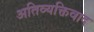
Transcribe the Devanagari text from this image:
अतिव्यक्तिवाद